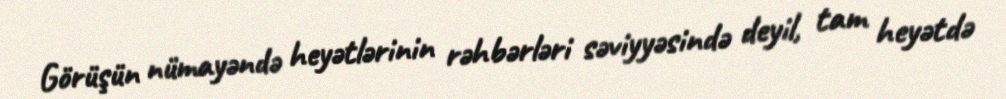
Görüşün nümayəndə heyətlərinin rəhbərləri səviyyəsində deyil, tam heyətdə